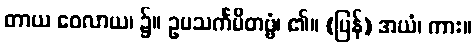
တာယ ဝေလာယ၊ ၌။ ဥပသင်္ကမိတဗ္ဗံ၊ ၏။ (ပြန်) အယံ၊ ကား။